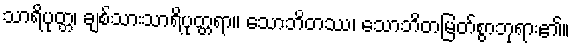
သာရိပုတ္တ၊ ချစ်သားသာရိပုတ္တရာ။ သောဘိတဿ၊ သောဘိတမြတ်စွာဘုရား၏။